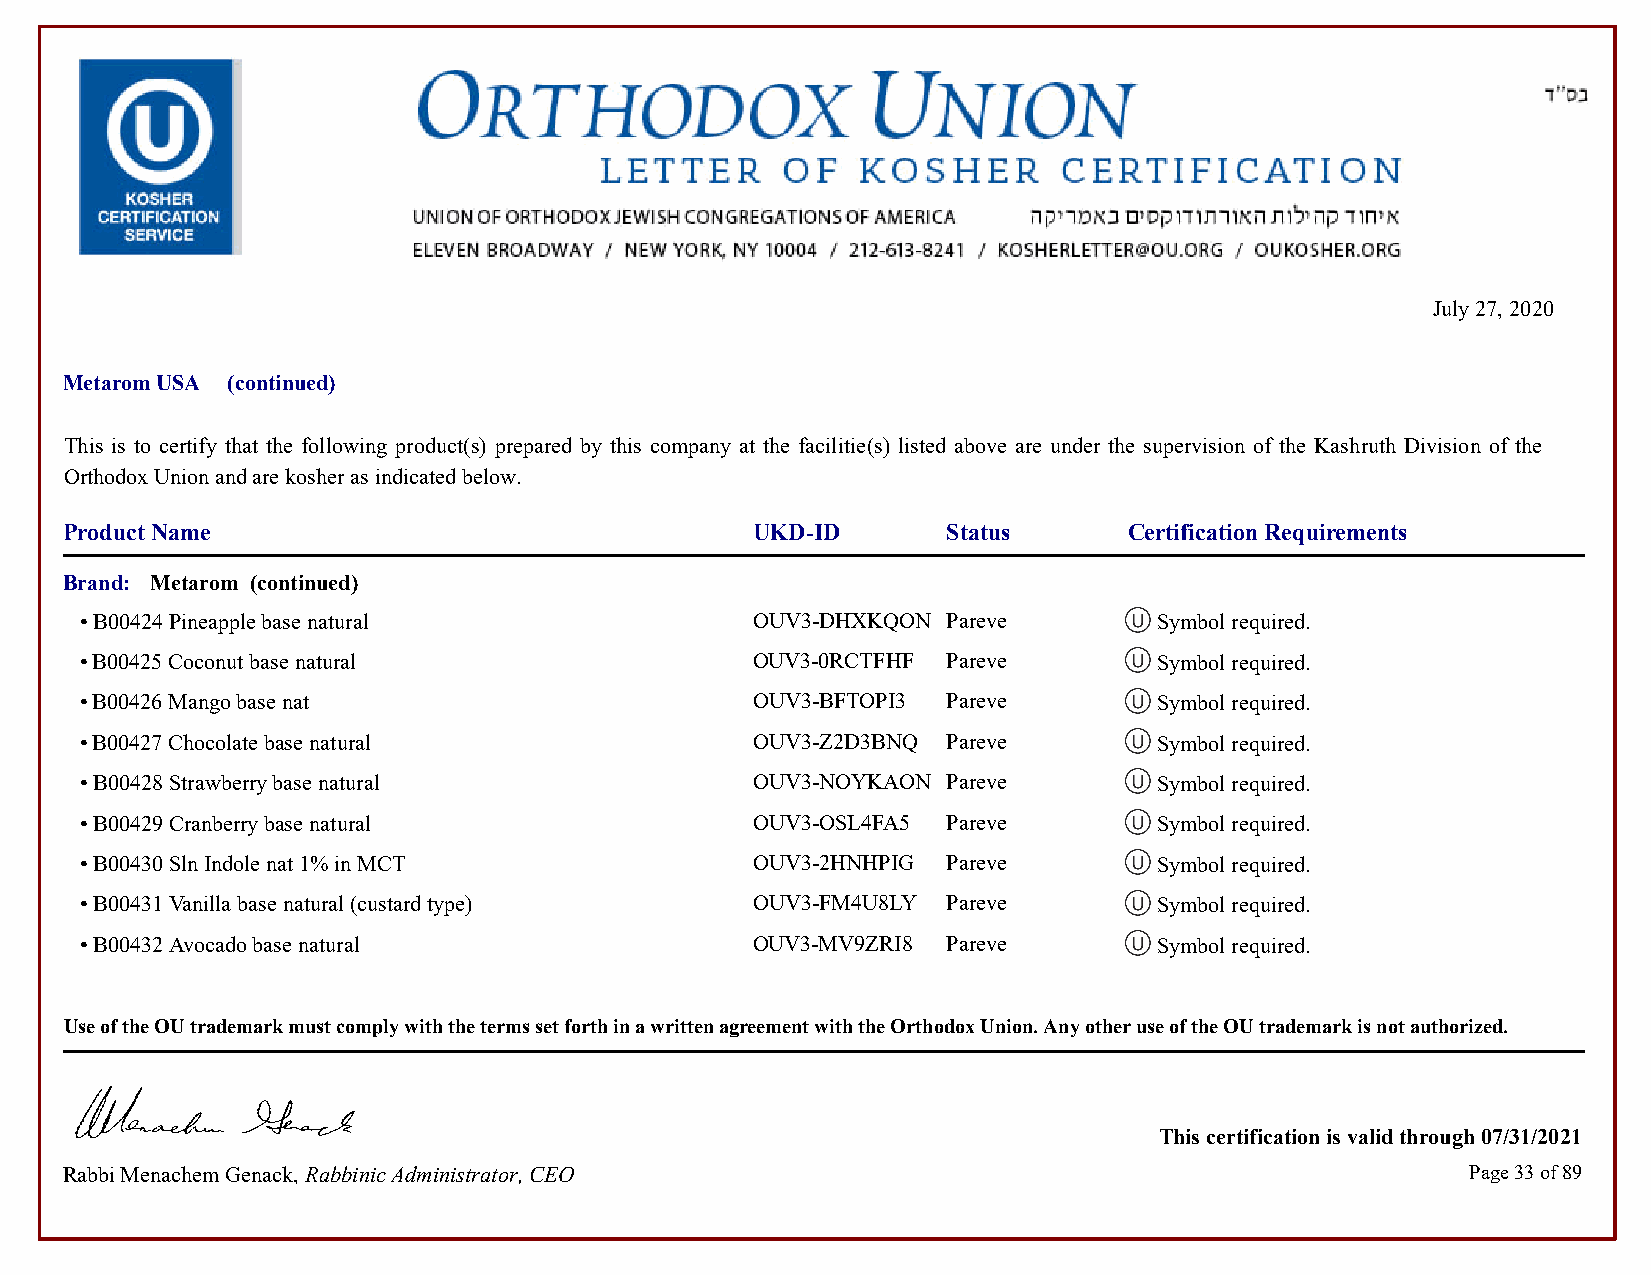
July 27, 2020
 Metarom USA (continued)
 This is to certify that the following product(s) prepared by this company at the facilitie(s) listed above are under the supervision of the Kashruth Division of the
 Orthodox Union and are kosher as indicated below.
 Product Name                                  UKD-ID       Status      Certification Requirements
 Brand: Metarom (continued)
 • B00424 Pineapple base natural              OUV3-DHXKQON Pareve        Symbol required.            Symbol required.
 • B00425 Coconut base natural                OUV3-0RCTFHF Pareve        Symbol required.            Symbol required.
 • B00426 Mango base nat                      OUV3-BFTOPI3 Pareve        Symbol required.            Symbol required.
 • B00427 Chocolate base natural              OUV3-Z2D3BNQ Pareve        Symbol required.            Symbol required.
 • B00428 Strawberry base natural             OUV3-NOYKAON Pareve        Symbol required.            Symbol required.
 • B00429 Cranberry base natural              OUV3-OSL4FA5 Pareve        Symbol required.            Symbol required.
 • B00430 Sln Indole nat 1% in MCT            OUV3-2HNHPIG Pareve        Symbol required.            Symbol required.
 • B00431 Vanilla base natural (custard type) OUV3-FM4U8LY Pareve        Symbol required.            Symbol required.
 • B00432 Avocado base natural                OUV3-MV9ZRI8 Pareve        Symbol required.            Symbol required.
 Use of the OU trademark must comply with the terms set forth in a written agreement with the Orthodox Union. Any other use of the OU trademark is not authorized.
 This certification is valid through 07/31/2021
 Rabbi Menachem Genack, Rabbinic Administrator, CEO                                           Page 33 of 89